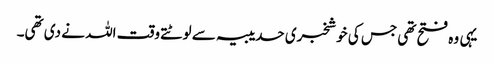
یہی وہ فتح تھی جس کی خوشخبری حدیبیہ سے لوٹتے وقت اللہ نے دی تھی۔